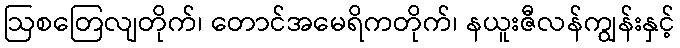
ဩစတြေလျတိုက်၊ တောင်အမေရိကတိုက်၊ နယူးဇီလန်ကျွန်းနှင့်